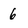
Character: 6